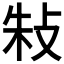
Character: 𢼲